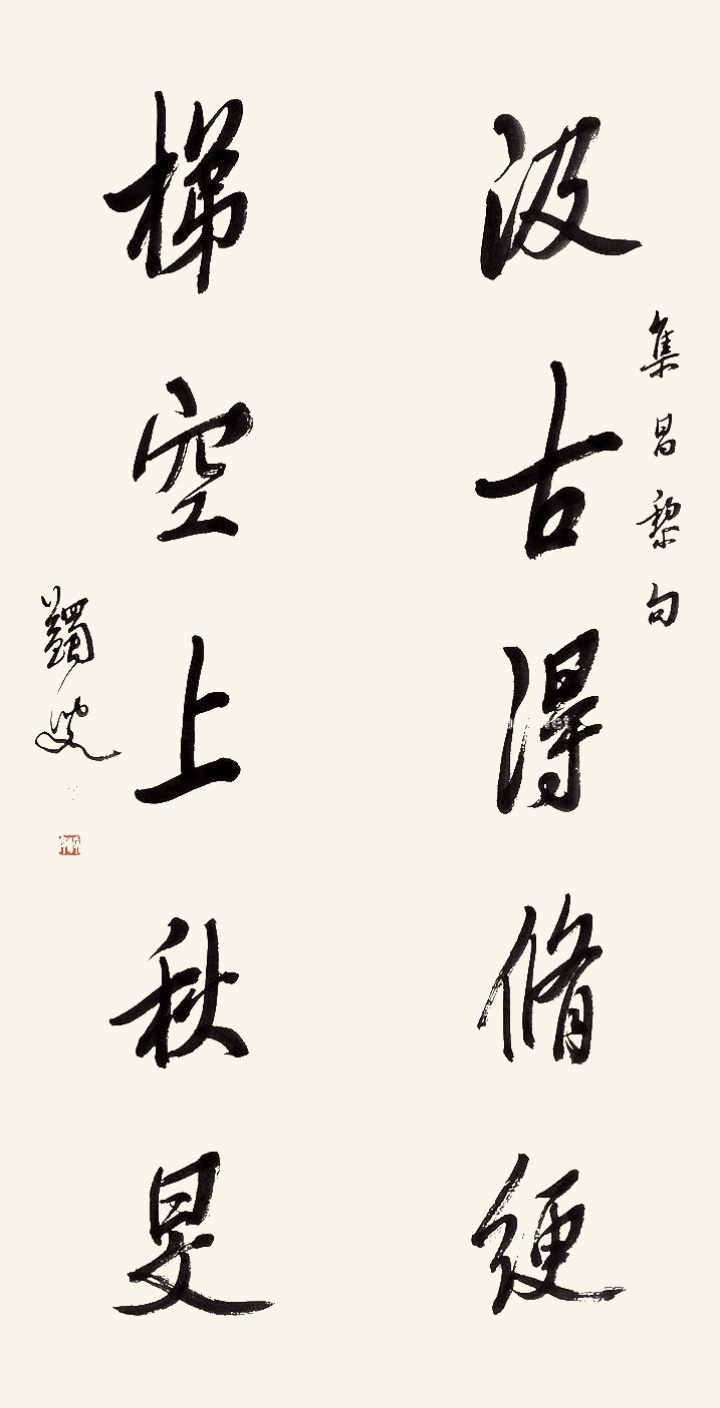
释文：汲古得修绠，梯空上秋旻。集昌黎句，蠲叟